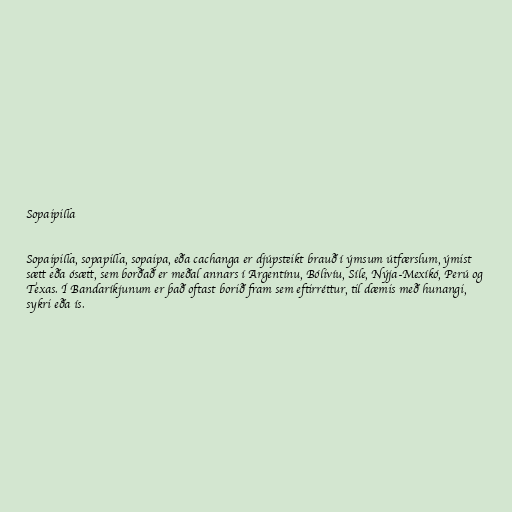
Sopaipilla

Sopaipilla, sopapilla, sopaipa, eða cachanga er djúpsteikt brauð í ýmsum útfærslum, ýmist
sætt eða ósætt, sem borðað er meðal annars í Argentínu, Bólivíu, Síle, Nýja-Mexíkó, Perú og
Texas. Í Bandaríkjunum er það oftast borið fram sem eftirréttur, til dæmis með hunangi,
sykri eða ís.